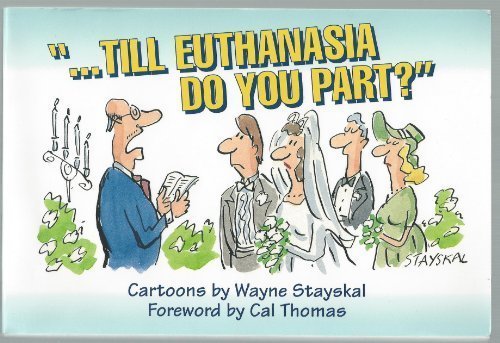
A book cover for Till Euthanasia Do You Part; Wayne Stayskal; Medical Books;